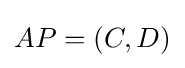
{\textstyle AP=(C,D)}